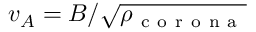
v _ { A } = B / \sqrt { \rho _ { \mathrm { ~ c ~ o ~ r ~ o ~ n ~ a ~ } } }